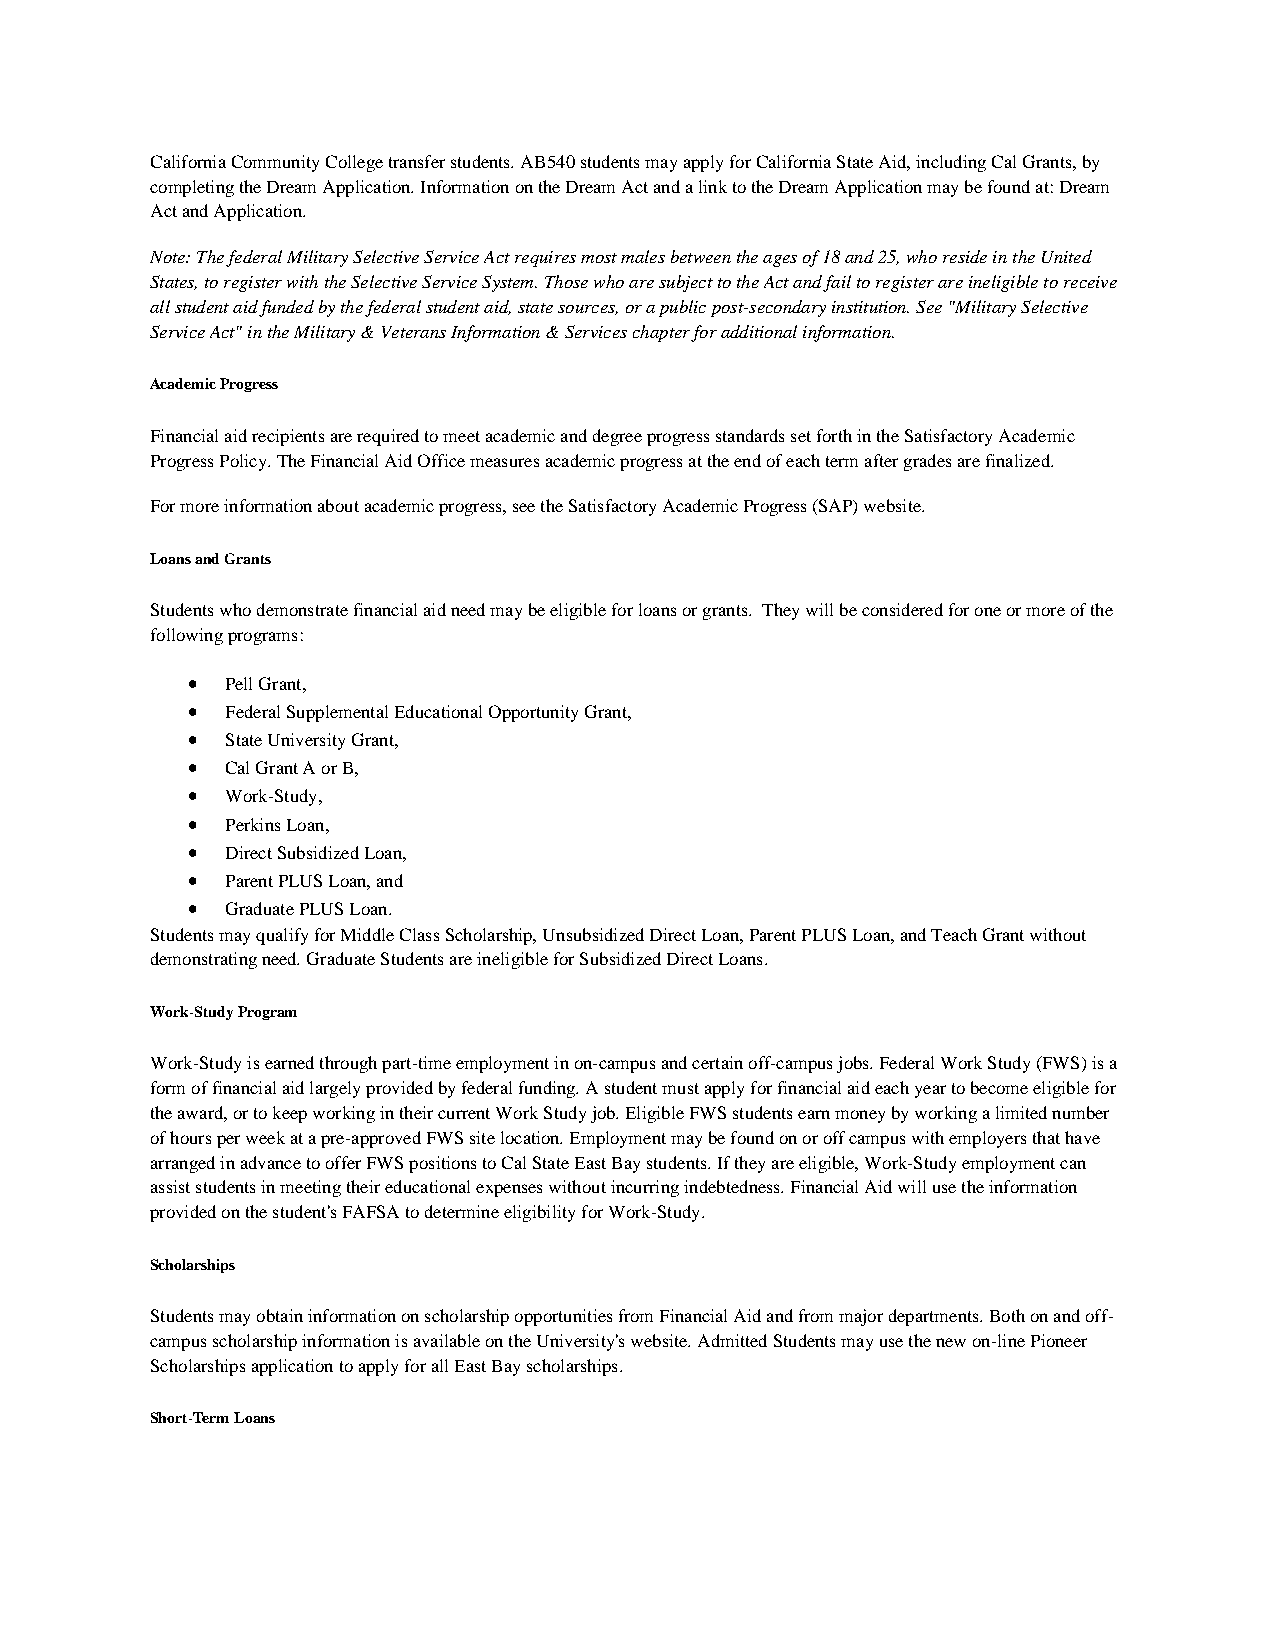
California Community College transfer students. AB540 students may apply for California State Aid, including Cal Grants, by
 completing the Dream Application. Information on the Dream Act and a link to the Dream Application may be found at: Dream
 Act and Application.
 Note: The federal Military Selective Service Act requires most males between the ages of 18 and 25, who reside in the United
 States, to register with the Selective Service System. Those who are subject to the Act and fail to register are ineligible to receive
 all student aid funded by the federal student aid, state sources, or a public post-secondary institution. See "Military Selective
 Service Act" in the Military & Veterans Information & Services chapter for additional information.
 Academic Progress
 Financial aid recipients are required to meet academic and degree progress standards set forth in the Satisfactory Academic
 Progress Policy. The Financial Aid Office measures academic progress at the end of each term after grades are finalized.
 For more information about academic progress, see the Satisfactory Academic Progress (SAP) website.
 Loans and Grants
 Students who demonstrate financial aid need may be eligible for loans or grants. They will be considered for one or more of the
 following programs:
 •  Pell Grant,
 •  Federal Supplemental Educational Opportunity Grant,
 •  State University Grant,
 •  Cal Grant A or B,
 •  Work-Study,
 •  Perkins Loan,
 •  Direct Subsidized Loan,
 •  Parent PLUS Loan, and
 •  Graduate PLUS Loan.
 Students may qualify for Middle Class Scholarship, Unsubsidized Direct Loan, Parent PLUS Loan, and Teach Grant without
 demonstrating need. Graduate Students are ineligible for Subsidized Direct Loans.
 Work-Study Program
 Work-Study is earned through part-time employment in on-campus and certain off-campus jobs. Federal Work Study (FWS) is a
 form of financial aid largely provided by federal funding. A student must apply for financial aid each year to become eligible for
 the award, or to keep working in their current Work Study job. Eligible FWS students earn money by working a limited number
 of hours per week at a pre-approved FWS site location. Employment may be found on or off campus with employers that have
 arranged in advance to offer FWS positions to Cal State East Bay students. If they are eligible, Work-Study employment can
 assist students in meeting their educational expenses without incurring indebtedness. Financial Aid will use the information
 provided on the student's FAFSA to determine eligibility for Work-Study.
 Scholarships
 Students may obtain information on scholarship opportunities from Financial Aid and from major departments. Both on and off-
 campus scholarship information is available on the University's website. Admitted Students may use the new on-line Pioneer
 Scholarships application to apply for all East Bay scholarships.
 Short-Term Loans